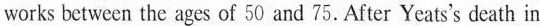
works betwecn the ages of 50 and 75. After Yeats's death in